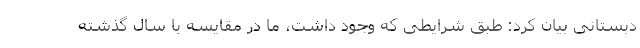
دبستانی بیان کرد: طبق شرایطی که وجود داشت، ما در مقایسه با سال گذشته